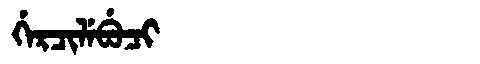
Manchu: ᡤᡝᡵᠴᡳᠯᡝᠪᡠᠴᡳ
Romanization: GERCILEBUCI